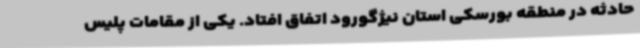
حادثه در منطقه بورسکی استان نیژگورود اتفاق افتاد. یکی از مقامات پلیس